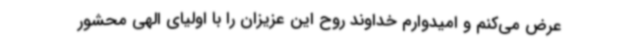
عرض می‌کنم و امیدوارم خداوند روح این عزیزان را با اولیای الهی محشور